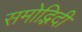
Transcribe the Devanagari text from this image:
समोद्भिदी